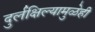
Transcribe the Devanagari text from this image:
दुर्लक्षिल्यामुळेही